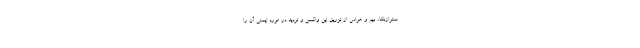
سترازنکا، بیم و هراس از تزریق این واکسن و تردید در مورد ایمنی آن را